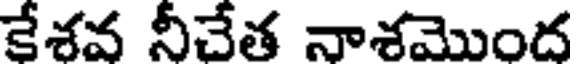
కేశవ నీచేత నాశమొంద